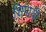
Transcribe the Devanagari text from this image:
शिपायी